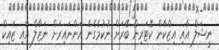
ނީޝަލް އާއި އިޒްކާން ކޮޓަރިން ބޭރަށް ނުކުމެގެން އަންނައިރަށް ނަޒާލް އާއި ޒައިކް